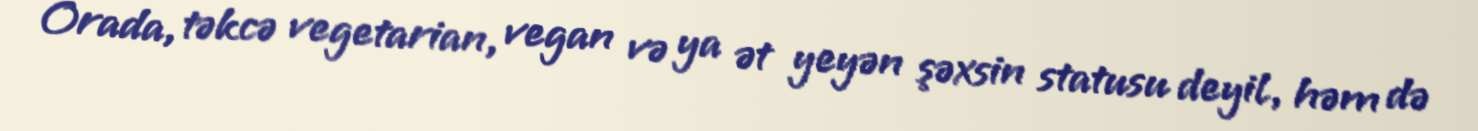
Orada, təkcə vegetarian, vegan və ya ət yeyən şəxsin statusu deyil, həm də